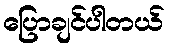
ပြောချင်ပါတယ်